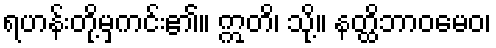
ရဟန်းတို့မှကင်း၏။ ဣတိ၊ သို့။ နတ္ထိဘာဝမေဝ၊